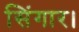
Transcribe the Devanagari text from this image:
सिंगार।